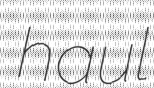
haul